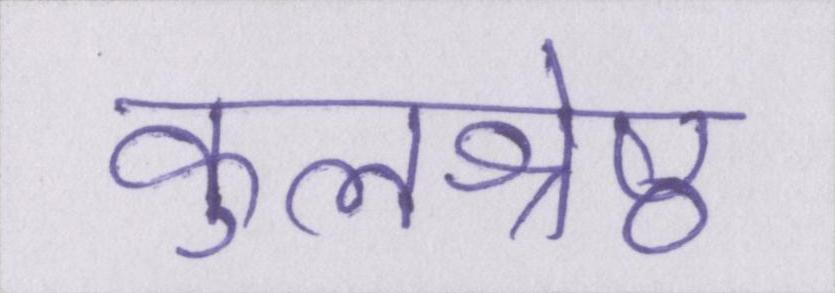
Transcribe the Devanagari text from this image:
कुलश्रेष्ठ